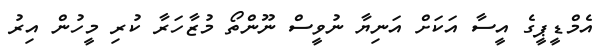
އެމްޑީޕީގެ އީސާ އަކަށް އަނިޔާ ނުވީސް ނޫންތޯ މުޒާހަރާ ކުރި މީހުން އިރު